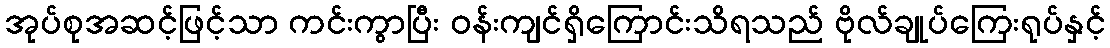
အုပ်စုအဆင့်ဖြင့်သာ ကင်းကွာပြီး ဝန်းကျင်ရှိကြောင်းသိရသည် ဗိုလ်ချုပ်ကြေးရုပ်နှင့်